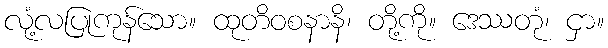
လုံ့လပြုကုန်သော။ ထုတိဝစနာနိ၊ တို့ကို။ ဒေဿတုံ၊ ငှာ။